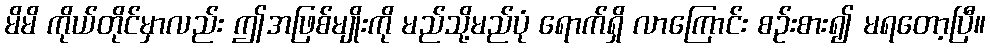
မိမိ ကိုယ်တိုင်မှာလည်း ဤအဖြစ်မျိုးကို မည်သို့မည်ပုံ ရောက်ရှိ လာကြောင်း စဉ်းစား၍ မရတော့ပြီ။